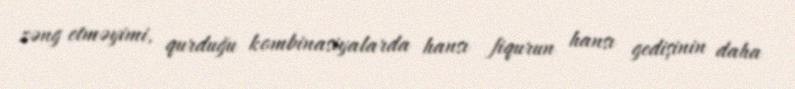
zəng etməyimi, qurduğu kombinasiyalarda hansı fiqurun hansı gedişinin daha